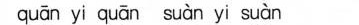
qu\bar{a}n yi qu\bar{a}n su\grave{a}n yi su\grave{a}n